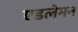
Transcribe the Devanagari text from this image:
एडलेमन